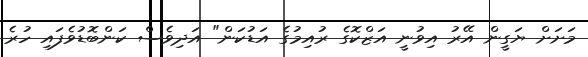
މަށަށް ޔަގީން އޭރު އިވުނީ އަޒްކޮގެ ރުއިމުގެ އަޑުކަން" އަދިވެސް ކަންބޮޑުވެފައި ހުރެ